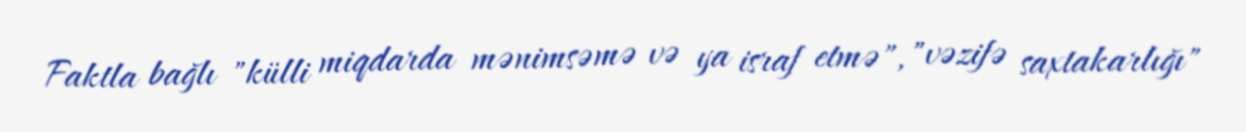
Faktla bağlı "külli miqdarda mənimsəmə və ya israf etmə", "vəzifə saxtakarlığı"